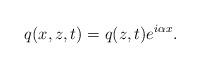
LaTeX: \begin{align*}q(x,z,t) = q(z,t) e^{ i \alpha x}.\end{align*}